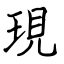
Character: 現